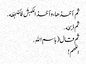
ثم أخذها ، وأخذ الکبشَ فأضجَعَه .
ثم ذبحَه .
ثم قال ( باسمِ اللهِ .
اللهم !